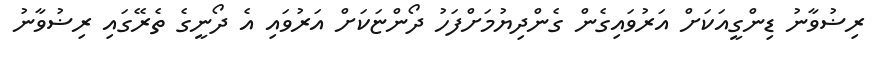
ރިޟުވާނު ޑިންގީއަކަށް އަރުވައިގެން ގެންދިޔުމަށްފަހު ދޯންޏަކަށް އަރުވައި އެ ދޯނީގެ ތެރޭގައި ރިޟުވާނު